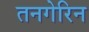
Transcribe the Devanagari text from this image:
तनगेरिन